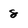
Character: 8